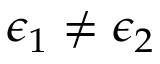
\epsilon _ { 1 } \neq \epsilon _ { 2 }